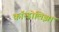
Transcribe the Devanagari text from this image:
कॉन्डोलिझा